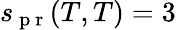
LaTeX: s_{\mathrm{~p~r~}}(T,T)=3